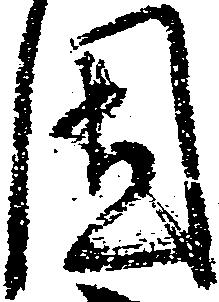
固